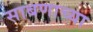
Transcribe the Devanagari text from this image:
साबणाच्या